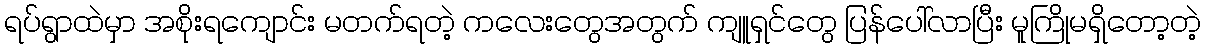
ရပ်ရွာထဲမှာ အစိုးရကျောင်း မတက်ရတဲ့ ကလေးတွေအတွက် ကျူရှင်တွေ ပြန်ပေါ်လာပြီး မူကြိုမရှိတော့တဲ့